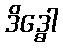
ဒိဒ္ဓေါ